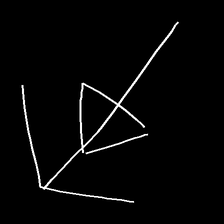
Glyph: pull